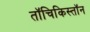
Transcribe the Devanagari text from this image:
तॉचिकिस्तॉन